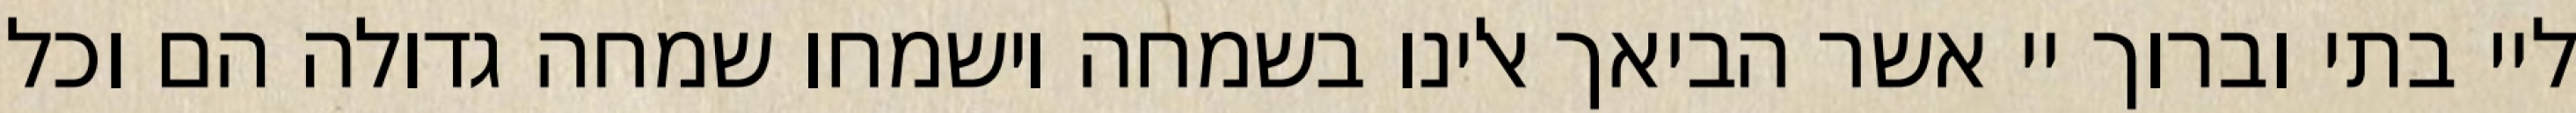
ליי בתי וברוך יי אשר הביאך אלינו בשמחה וישמחו שמחה גדולה הם וכל